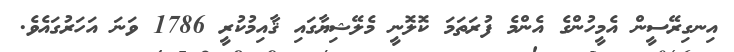
އިނގިރޭސީން އެމީހުންގެ އެންމެ ފުރަތަމަ ކޮލޮނީ މެލޭޝިޔާގައި ޤާއިމުކުރީ 1786 ވަނަ އަހަރުގައެވެ.